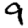
Digit: 9